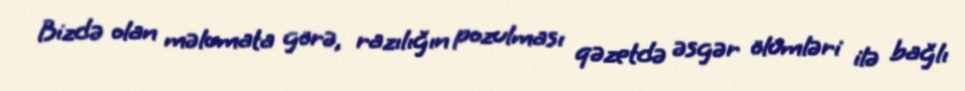
Bizdə olan məlumata görə, razılığın pozulması qəzetdə əsgər ölümləri ilə bağlı